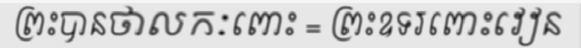
ព្រះបានថាលកៈពោះ = ព្រះឧទរពោះវៀន